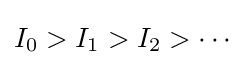
I_{0}>I_{1}>I_{2}>\cdots